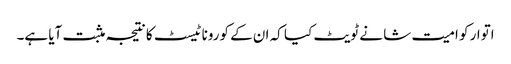
اتوار کو امیت شا نے ٹویٹ کیا کہ ان کے کورونا ٹیسٹ کا نتیجہ مثبت آیا ہے۔